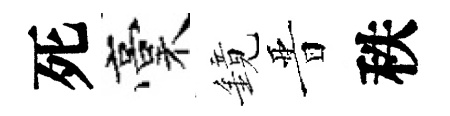
死稾鏡晋秩